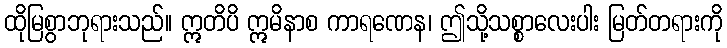
ထိုမြစွာဘုရားသည်။ ဣတိပိ ဣမိနာစ ကာရဏေန၊ ဤသို့သစ္စာလေးပါး မြတ်တရားကို